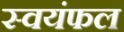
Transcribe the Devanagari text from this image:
स्वयंफल